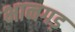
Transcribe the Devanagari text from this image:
भानगड़